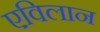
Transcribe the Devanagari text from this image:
एविलान